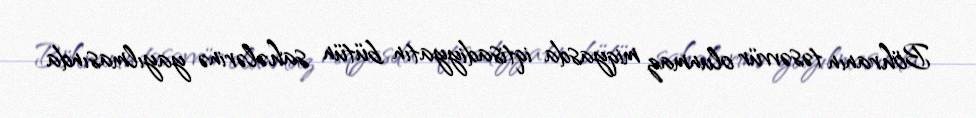
Böhranın təsəvvür olunmaz miqyasda iqtisadiyyatın bütün sahələrinə yayılmasında